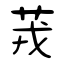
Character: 茙